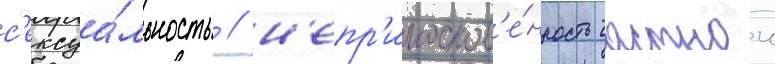
с'ексуа́льность / н'епр'икоснов'е́нность частнои